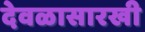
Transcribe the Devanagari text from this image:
देवळासारखी